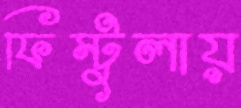
ফিস্টুলায়